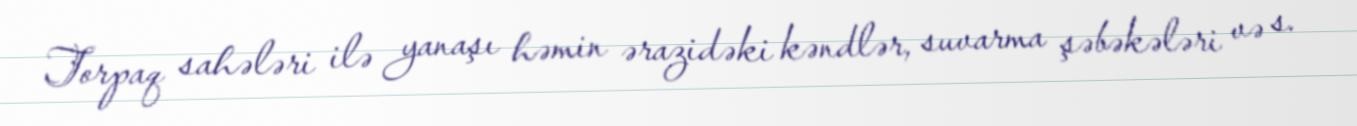
Torpaq sahələri ilə yanaşı həmin ərazidəki kəndlər, suvarma şəbəkələri və s.